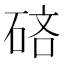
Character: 𰧄